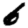
Digit: 6